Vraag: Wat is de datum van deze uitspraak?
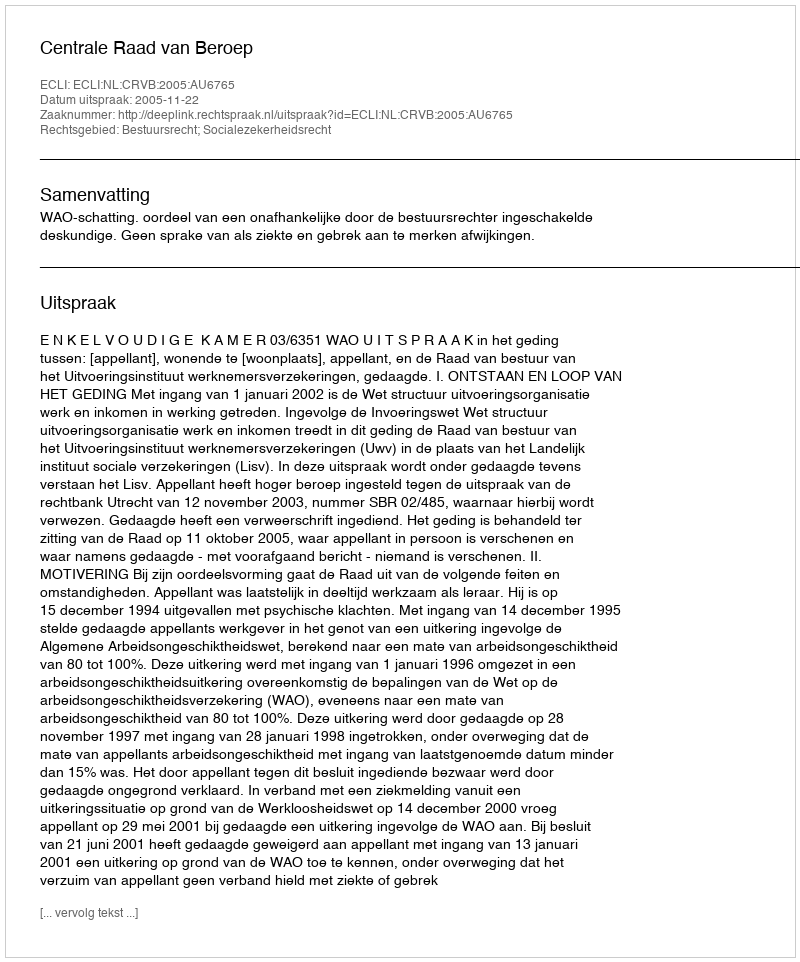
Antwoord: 2005-11-22